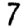
Digit: 7